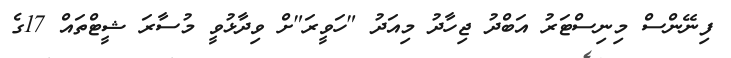
ފިނޭންސް މިނިސްޓަރު އަބްދު ޖިހާދު މިއަދު "ހަވީރަ"ށް ވިދާޅުވީ މުސާރަ ޝީޓްތައް 17ގެ